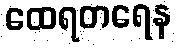
ထေရတရေန